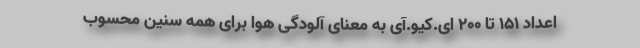
اعداد ۱۵۱ تا ۲۰۰ ای.کیو.آی به معنای آلودگی هوا برای همه سنین محسوب